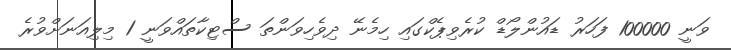
ވަނީ 100000 ފަހަރު ޑައުންލޯޑް ކުރެވިޕެކްގައި ހިމެނޭ ދިވެހިވަންތަ ސްޓިކާތައްވަނީ 1 މިލިއަނަށްވުރެ